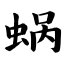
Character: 蜗